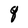
Character: q